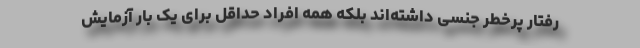
رفتار پرخطر جنسی داشته‌اند بلکه همه افراد حداقل برای یک بار آزمایش